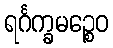
ရင်္ဂက္ခမဉ္စေဝ